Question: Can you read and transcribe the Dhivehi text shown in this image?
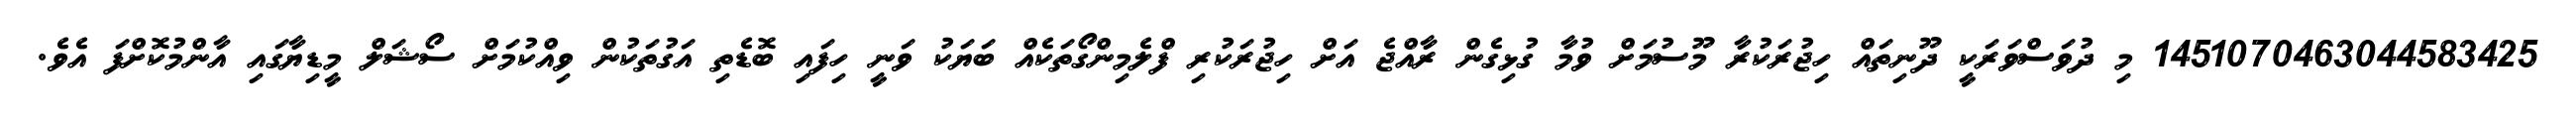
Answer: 1451070463044583425 މި ދުވަސްވަރަކީ ދޫނިތައް ހިޖުރަކުރާ މޫސުމަށް ވުމާ ގުޅިގެން ރާއްޖެ އަށް ހިޖުރަކުރި ފްލެމިންގޯތަކެއް ބަޔަކު ވަނީ ހިފައި ބޮޑެތި އަގުތަކުން ވިއްކުމަށް ސޯޝަލް މީޑިޔާގައި އާންމުކޮށްފަ އެވެ.